Code of medical and sanitary regulations for the guidance of medical officers serving in the Madras Presidency - Volume I
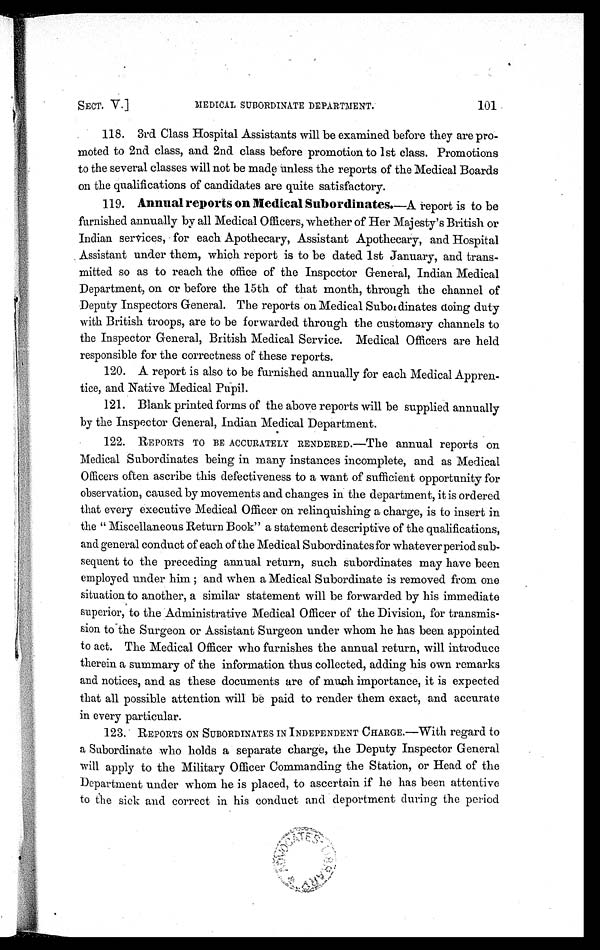
SECT. V.] MEDICAL SUBORDINATE DEPARTMENT. 101
118. 3rd. Class Hospital Assistants will be examined before they are pro
- m o t e c l t o 2 n d c l a s s , a n d 2 n d c l a s s b e f o r e p r o m o t i o n t o 1 s t c l a s s . P r o m o t i o n s
to the several classes will not be made unless the reports of the Medical Boards
on the qualifications of candidates are quite satisfactory.
119. Annual reports on Medical Subordinates .—A report is to be
furnished annually by all Medical Officers, whether of Her Majesty's British or
Indian services, for each Apothecary, Assistant Apothecary, and Hospital
Assistant under them, which report is to be dated 1st January, and trans
- m i t t e d s o a s t o r e a c h t h e o f f i c e o f t h e I n s p e c t o r G e n e r a l , I n d i a n M e d i c a l
Department, on or before the 15th of that month, through the channel of
Deputy Inspectors General. The reports on Medical Subordinates doing duty
with British troops, are to be forwarded through the customary channels to
the Inspector General, British Medical Service. Medical Officers are held
responsible for the correctness of these reports.
120. A report is also to be furnished annually for each Medical Appren
-tice, and Native Medical Pupil.
121. Blank printed forms of the above reports will be supplied annually
by the Inspector General, Indian Medical Department.
122. REPORTS TO BE ACCURATELY RENDERED.—The annual reports on
Medical Subordinates being in many instances incomplete, and as Medical
Officers often ascribe this defectiveness to a want of sufficient opportunity for
observation, caused by movements and changes in the department, it is ordered
that every executive Medical Officer on relinquishing a charge, is to insert in
the " Miscellaneous Return Book" a statement descriptive of the qualifications,
and general conduct of each of the Medical Subordinates for whatever period sub
-sequent to the preceding annual return, such subordinates may have been
e mp l o y e d u n d e r h i m; a n d wh e n a Me d i c a l S u b o r d i n a t e i s r e mo v e d f r o m o n e
situation to another, a similar statement will be forwarded by his immediate
superior, to the Administrative Medical Officer of the Division, for transmis
-sion to the Surgeon or Assistant Surgeon under whom he has been appointed
to act. The Medical Officer who furnishes the annual return, will introduce
therein a summary of the information thus collected, adding his own remarks
and notices, and as these documents are of much importance, it is expected
that all possible attention will be paid to render them exact, and accurate
in every particular.
123. REPORTS ON SUBORDINATES IN INDEPENDENT CHARGE.—With regard to
a Subordinate who holds a separate charge, the Deputy Inspector General
will apply to the Military Officer Commanding the Station, or Head of the
Department under whom he i s pl aced, to ascertai n i f he has been attenti ve
to the sick and correct in his conduct and deportment during the period